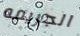
الجريمه